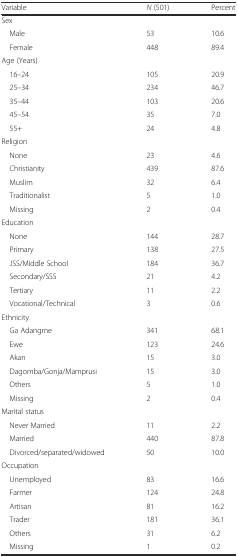
<table><thead><tr><td><b>Variable</b></td><td><b><i>N</i> (501)</b></td><td><b>Percent</b></td></tr></thead><tbody><tr><td colspan="3">Sex</td></tr><tr><td> Male</td><td>53</td><td>10.6</td></tr><tr><td> Female</td><td>448</td><td>89.4</td></tr><tr><td colspan="3">Age (Years)</td></tr><tr><td> 16–24</td><td>105</td><td>20.9</td></tr><tr><td> 25–34</td><td>234</td><td>46.7</td></tr><tr><td> 35–44</td><td>103</td><td>20.6</td></tr><tr><td> 45–54</td><td>35</td><td>7.0</td></tr><tr><td> 55+</td><td>24</td><td>4.8</td></tr><tr><td colspan="3">Religion</td></tr><tr><td> None</td><td>23</td><td>4.6</td></tr><tr><td> Christianity</td><td>439</td><td>87.6</td></tr><tr><td> Muslim</td><td>32</td><td>6.4</td></tr><tr><td> Traditionalist</td><td>5</td><td>1.0</td></tr><tr><td> Missing</td><td>2</td><td>0.4</td></tr><tr><td colspan="3">Education</td></tr><tr><td> None</td><td>144</td><td>28.7</td></tr><tr><td> Primary</td><td>138</td><td>27.5</td></tr><tr><td> JSS/Middle School</td><td>184</td><td>36.7</td></tr><tr><td> Secondary/SSS</td><td>21</td><td>4.2</td></tr><tr><td> Tertiary</td><td>11</td><td>2.2</td></tr><tr><td> Vocational/Technical</td><td>3</td><td>0.6</td></tr><tr><td colspan="3">Ethnicity</td></tr><tr><td> Ga Adangme</td><td>341</td><td>68.1</td></tr><tr><td> Ewe</td><td>123</td><td>24.6</td></tr><tr><td> Akan</td><td>15</td><td>3.0</td></tr><tr><td> Dagomba/Gonja/Mamprusi</td><td>15</td><td>3.0</td></tr><tr><td> Others</td><td>5</td><td>1.0</td></tr><tr><td> Missing</td><td>2</td><td>0.4</td></tr><tr><td colspan="3">Marital status</td></tr><tr><td> Never Married</td><td>11</td><td>2.2</td></tr><tr><td> Married</td><td>440</td><td>87.8</td></tr><tr><td> Divorced/separated/widowed</td><td>50</td><td>10.0</td></tr><tr><td colspan="3">Occupation</td></tr><tr><td> Unemployed</td><td>83</td><td>16.6</td></tr><tr><td> Farmer</td><td>124</td><td>24.8</td></tr><tr><td> Artisan</td><td>81</td><td>16.2</td></tr><tr><td> Trader</td><td>181</td><td>36.1</td></tr><tr><td> Others</td><td>31</td><td>6.2</td></tr><tr><td> Missing</td><td>1</td><td>0.2</td></tr></tbody></table>